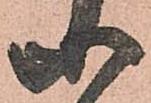
等